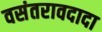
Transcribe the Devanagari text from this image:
वसंतरावदादा